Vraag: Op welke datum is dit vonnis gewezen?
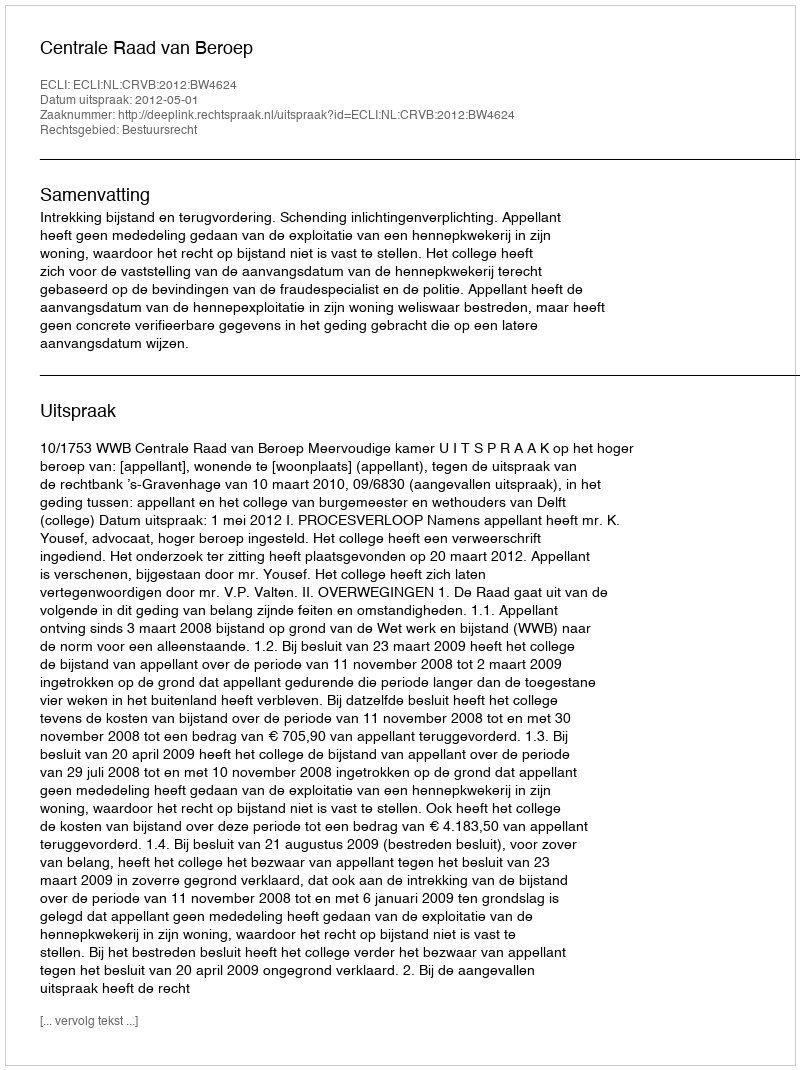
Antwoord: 2012-05-01